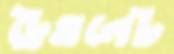
ট্রেমলেট